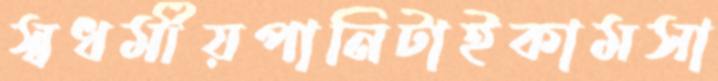
স্বধর্মীয়পানিটাইকামসা